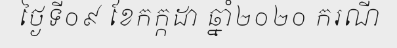
ថ្ងៃទី០៩ ខែកក្កដា ឆ្នាំ២០២០ ករណី